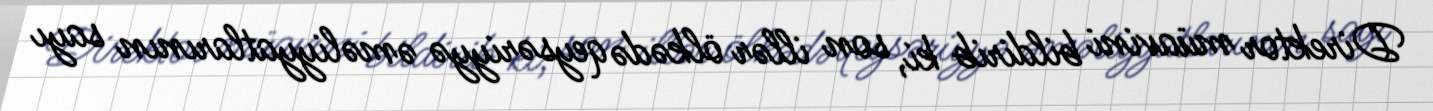
Direktor müavini bildirib ki, son illər ölkədə qeysəriyyə əməliyyatlarının sayı